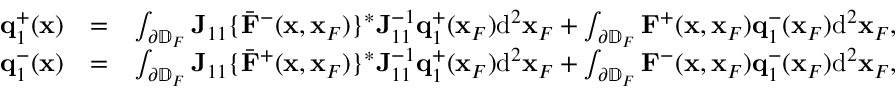
\begin{array} { r l r } { { \bf q } _ { 1 } ^ { + } ( { \bf x } ) } & { = } & { \int _ { \partial \mathbb { D } _ { F } } { \bf J } _ { 1 1 } \{ { { \bar { \bf F } } } ^ { - } ( { \bf x } , { \bf x } _ { F } ) \} ^ { * } { \bf J } _ { 1 1 } ^ { - 1 } { \bf q } _ { 1 } ^ { + } ( { \bf x } _ { F } ) \mathrm { d } ^ { 2 } { \bf x } _ { F } + \int _ { \partial \mathbb { D } _ { F } } { \bf F } ^ { + } ( { \bf x } , { \bf x } _ { F } ) { \bf q } _ { 1 } ^ { - } ( { \bf x } _ { F } ) \mathrm { d } ^ { 2 } { \bf x } _ { F } , } \\ { { \bf q } _ { 1 } ^ { - } ( { \bf x } ) } & { = } & { \int _ { \partial \mathbb { D } _ { F } } { \bf J } _ { 1 1 } \{ { { \bar { \bf F } } } ^ { + } ( { \bf x } , { \bf x } _ { F } ) \} ^ { * } { \bf J } _ { 1 1 } ^ { - 1 } { \bf q } _ { 1 } ^ { + } ( { \bf x } _ { F } ) \mathrm { d } ^ { 2 } { \bf x } _ { F } + \int _ { \partial \mathbb { D } _ { F } } { \bf F } ^ { - } ( { \bf x } , { \bf x } _ { F } ) { \bf q } _ { 1 } ^ { - } ( { \bf x } _ { F } ) \mathrm { d } ^ { 2 } { \bf x } _ { F } , } \end{array}